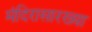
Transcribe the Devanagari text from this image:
मंदिरासारख्या